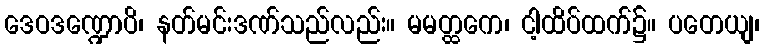
ဒေဝဒဏ္ဍောပိ၊ နတ်မင်းဒဏ်သည်လည်း။ မမတ္ထကေ၊ ငါ့ထိပ်ထက်၌။ ပတေယျ၊